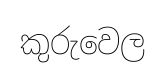
කුරුවෙල